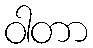
ဝါတာ